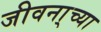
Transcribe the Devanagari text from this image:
जीवना्च्या